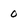
Character: 0